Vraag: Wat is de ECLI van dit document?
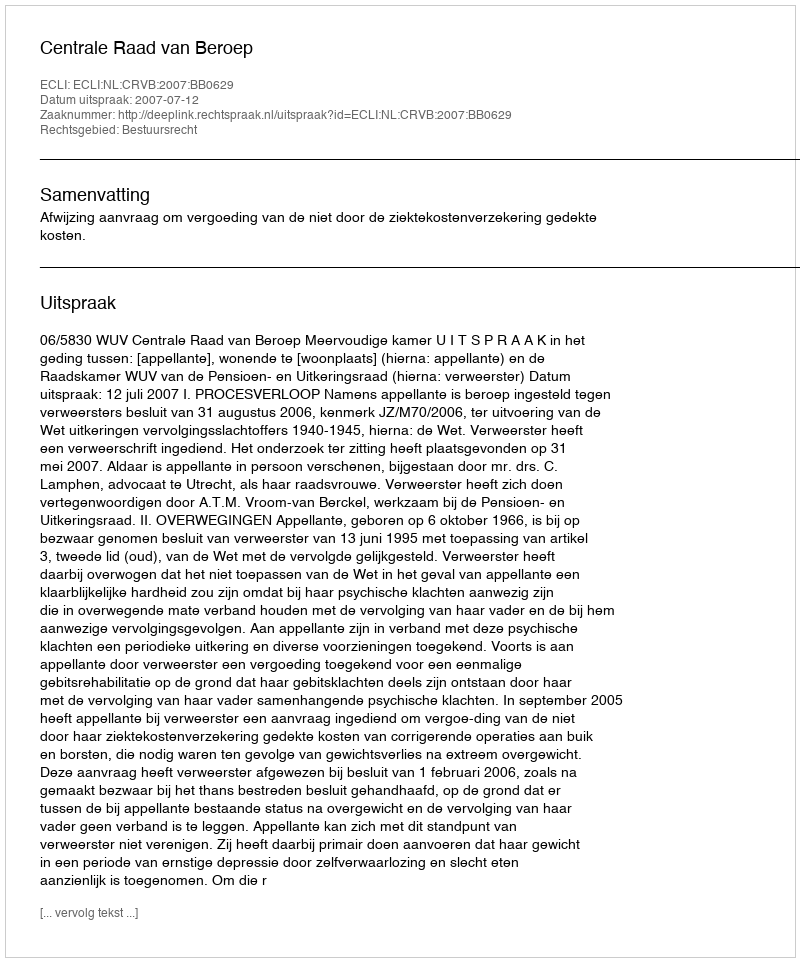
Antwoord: ECLI:NL:CRVB:2007:BB0629